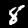
Label: 8